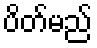
ပိတ်မည်